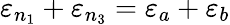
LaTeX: \varepsilon_{n_{1}}+\varepsilon_{n_{3}}=\varepsilon_{a}+\varepsilon_{b}